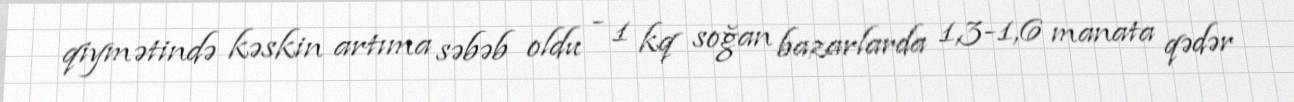
qiymətində kəskin artıma səbəb oldu - 1 kq soğan bazarlarda 1,3-1,6 manata qədər